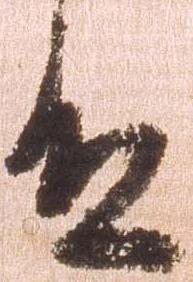
殿